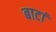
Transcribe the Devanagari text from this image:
बाटां